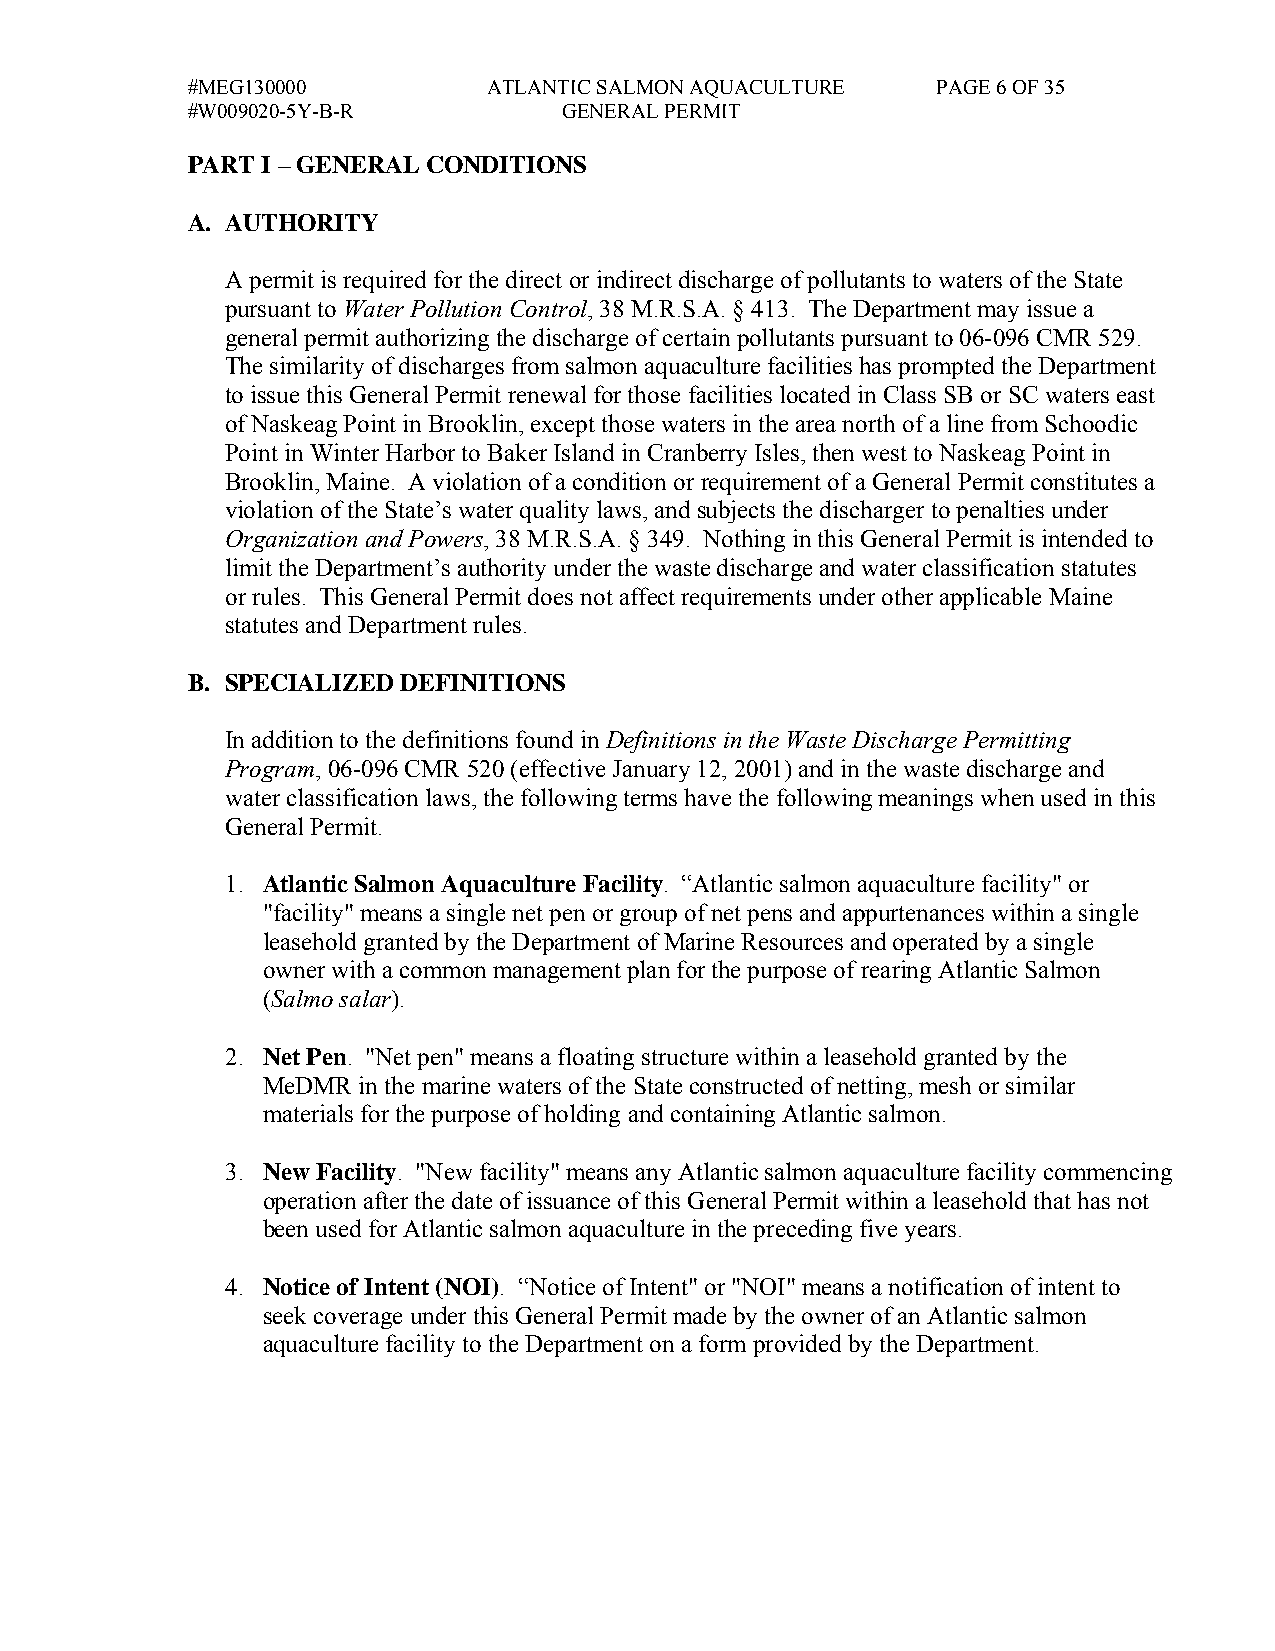
#MEG130000          ATLANTIC SALMON AQUACULTURE   PAGE 6 OF 35
 #W009020-5Y-B-R          GENERAL PERMIT
 PART I – GENERAL CONDITIONS
 A. AUTHORITY
 A permit is required for the direct or indirect discharge of pollutants to waters of the State
 pursuant to Water Pollution Control, 38 M.R.S.A. § 413. The Department may issue a
 general permit authorizing the discharge of certain pollutants pursuant to 06-096 CMR 529.
 The similarity of discharges from salmon aquaculture facilities has prompted the Department
 to issue this General Permit renewal for those facilities located in Class SB or SC waters east
 of Naskeag Point in Brooklin, except those waters in the area north of a line from Schoodic
 Point in Winter Harbor to Baker Island in Cranberry Isles, then west to Naskeag Point in
 Brooklin, Maine. A violation of a condition or requirement of a General Permit constitutes a
 violation of the State’s water quality laws, and subjects the discharger to penalties under
 Organization and Powers, 38 M.R.S.A. § 349. Nothing in this General Permit is intended to
 limit the Department’s authority under the waste discharge and water classification statutes
 or rules. This General Permit does not affect requirements under other applicable Maine
 statutes and Department rules.
 B. SPECIALIZED DEFINITIONS
 In addition to the definitions found in Definitions in the Waste Discharge Permitting
 Program, 06-096 CMR 520 (effective January 12, 2001) and in the waste discharge and
 water classification laws, the following terms have the following meanings when used in this
 General Permit.
 1. Atlantic Salmon Aquaculture Facility. “Atlantic salmon aquaculture facility" or
 "facility" means a single net pen or group of net pens and appurtenances within a single
 leasehold granted by the Department of Marine Resources and operated by a single
 owner with a common management plan for the purpose of rearing Atlantic Salmon
 (Salmo salar).
 2. Net Pen. "Net pen" means a floating structure within a leasehold granted by the
 MeDMR  in the marine waters of the State constructed of netting, mesh or similar
 materials for the purpose of holding and containing Atlantic salmon.
 3. New Facility. "New facility" means any Atlantic salmon aquaculture facility commencing
 operation after the date of issuance of this General Permit within a leasehold that has not
 been used for Atlantic salmon aquaculture in the preceding five years.
 4. Notice of Intent (NOI). “Notice of Intent" or "NOI" means a notification of intent to
 seek coverage under this General Permit made by the owner of an Atlantic salmon
 aquaculture facility to the Department on a form provided by the Department.